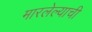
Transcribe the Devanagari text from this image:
मारलेल्याची